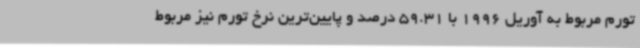
تورم مربوط به آوریل 1996 با 59.31 درصد و پایین‌ترین نرخ تورم نیز مربوط